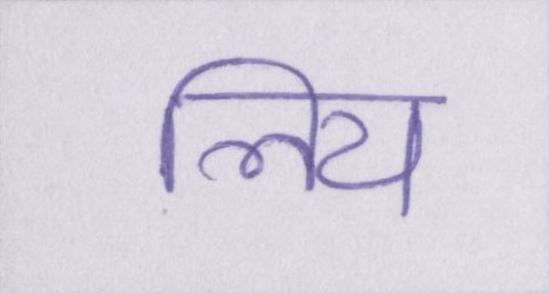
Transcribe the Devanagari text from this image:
लिय